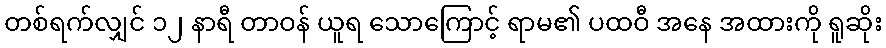
တစ်ရက်လျှင် ၁၂ နာရီ တာဝန် ယူရ သောကြောင့် ရာမ၏ ပထဝီ အနေ အထားကို ရူဆိုး